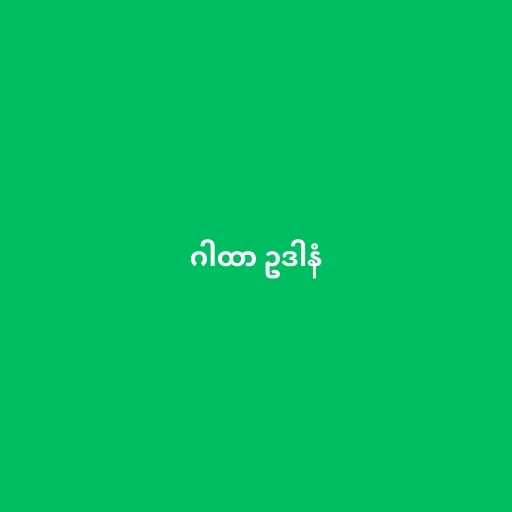
ဂါထာ ဥဒါနံ